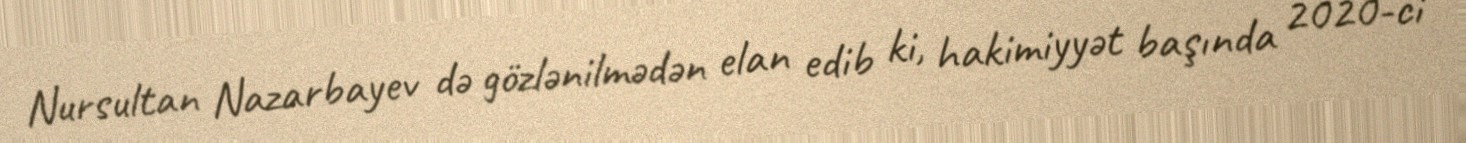
Nursultan Nazarbayev də gözlənilmədən elan edib ki, hakimiyyət başında 2020-ci